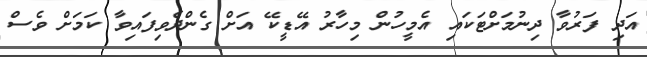
އަދި ފަރުވާ ދިނުމަށްޓަކައި އެމީހުން މިހާރު އޭޑީކޭ އަށް ގެންދެވިފައިވާ ކަމަށް ވެސް